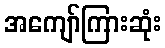
အကျော်ကြားဆုံး